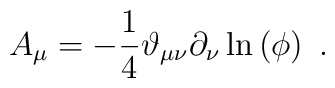
A_{\mu}=-\frac{1}{4}\vartheta_{\mu\nu}\partial_{\nu}\ln\left(  \phi\right)\ .